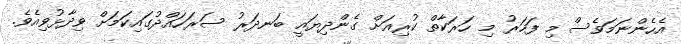
އެހެންނަމަވެސް މި ފަހަރު މި ހަރަކާތް ކުރިއަށް ގެންދިޔައީ ބަނދަރު ސަރަހައްދުގައިކަމަށް ވިދާޅުވިއެވެ.